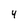
Character: 4